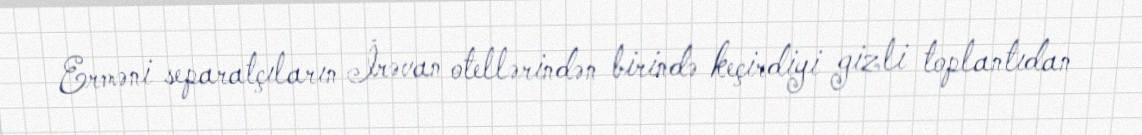
Erməni separatçıların İrəvan otellərindən birində keçirdiyi gizli toplantıdan